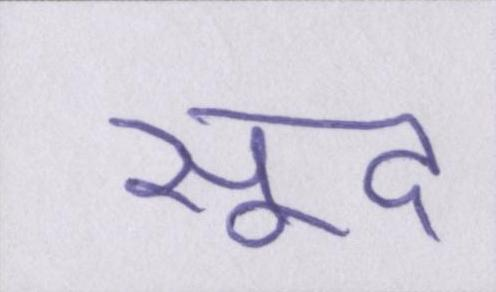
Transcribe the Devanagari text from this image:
सूद